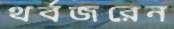
থর্বজরেন